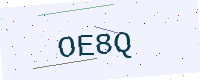
Text: OE8Q